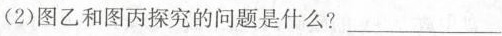
(2)图乙和图丙探究的问题是什么?___